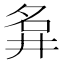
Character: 𡖚